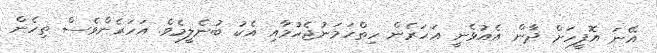
އޭނަ އޮފީހަށް ދާން އެއުޅެނީ އަހަރެން ހިތްހަމަނުޖެހުމާއި އެކު ބުނެލީމެވެ. އަހަރެންވެސް ތިހެން